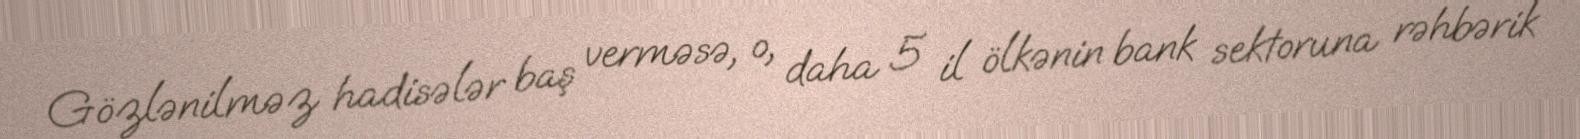
Gözlənilməz hadisələr baş verməsə, o, daha 5 il ölkənin bank sektoruna rəhbərik